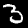
Digit: 3